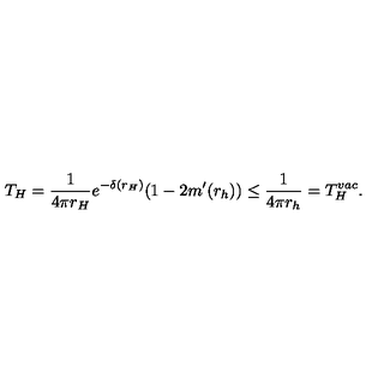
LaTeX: T _ { H } = { \frac { 1 } { 4 \pi r _ { H } } } e ^ { - \delta ( r _ { H } ) } ( 1 - 2 m ^ { \prime } ( r _ { h } ) ) \nonumber \leq \frac { 1 } { 4 \pi r _ { h } } = T _ { H } ^ { v a c } .